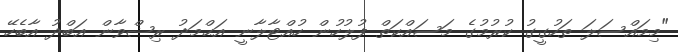
"މިމައްސަލަ ތަހުގީގު ކުރުމުގެ މަސައްކަތް ފުލުހުން ހުއްޓާލާނީ އަޙްމަދު ރިޟްވާން އަބްދު އާބެހޭ